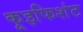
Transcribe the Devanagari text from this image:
कूइफिशंट